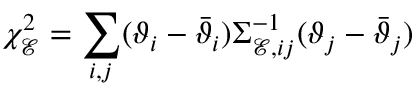
\chi _ { \mathcal { E } } ^ { 2 } = \sum _ { i , j } ( \vartheta _ { i } - \bar { \vartheta } _ { i } ) \Sigma _ { \mathcal { E } , i j } ^ { - 1 } ( \vartheta _ { j } - \bar { \vartheta } _ { j } )